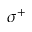
\sigma ^ { + }